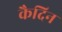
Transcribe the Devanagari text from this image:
कैदिन